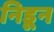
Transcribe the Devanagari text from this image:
निडून